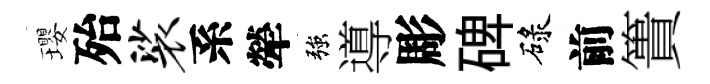
瓔殆裟系犖強導彫碑碌前簣